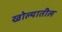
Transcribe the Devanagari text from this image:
खोल्यातील